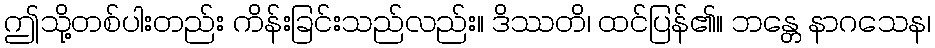
ဤသို့တစ်ပါးတည်း ကိန်းခြင်းသည်လည်း။ ဒိဿတိ၊ ထင်ပြန်၏။ ဘန္တေ နာဂသေန၊